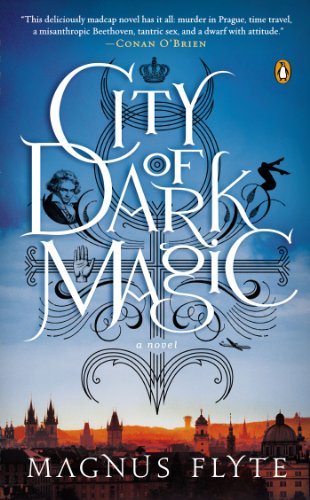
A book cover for City of Dark Magic: A Novel; Magnus Flyte; Science Fiction & Fantasy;